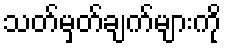
သတ်မှတ်ချက်များကို